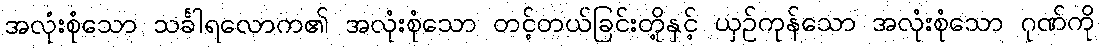
အလုံးစုံသော သင်္ခါရလောက၏ အလုံးစုံသော တင့်တယ်ခြင်းတို့နှင့် ယှဉ်ကုန်သော အလုံးစုံသော ဂုဏ်ကို